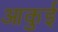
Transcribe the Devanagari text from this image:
आकुई